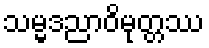
သမ္မဒညာဝိမုတ္တဿ